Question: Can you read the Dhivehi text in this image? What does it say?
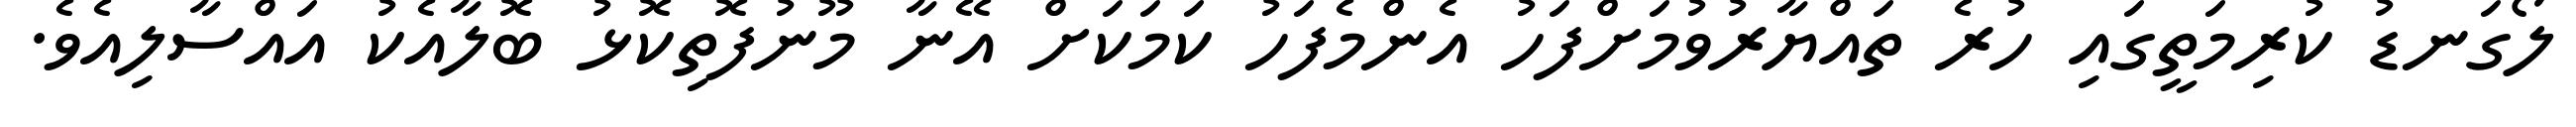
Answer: ލޯގަނޑު ކުރިމަތީގައި ހުރެ ތައްޔާރުވުމަށްފަހު އެންމެފަހު ކަމަކަށް އޭނާ މޫނުފޮތިކޮޅު ބޮލާއެކު އައްސާލިއެވެ.